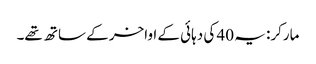
مارکر: یہ 40 کی دہائی کے اواخر کے ساتھ تھے۔